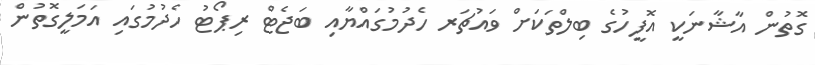
ގޮތުން އާޝާނަކީ އޮފީހުގެ ބިލްތަކަށް ވައުޗަރ ހެދުމުގައްޔާއި ބަޖެޓް ރިޕޯޓު ހެދުމުގައި އަމަލީގޮތުން